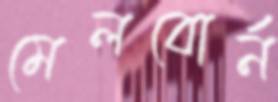
মেলবোর্ন